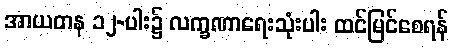
အာယတန ၁၂-ပါး၌ လက္ခဏာရေးသုံးပါး ထင်မြင်စေရန်